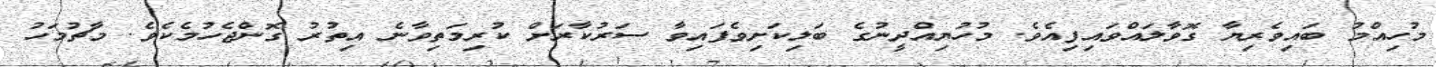
މުހިއްމު ބައިވެރިޔާ ގޮވާލައްވައިފިއެވެ. މުހުޔިއްދީނުގެ ބަލިކަށިވެފައިވާ ސަރުކާރަށް ކުރިމަތިވާނެ އިތުރު ގޮންޖެހުމެކެވެ. މާޗުމަހު